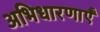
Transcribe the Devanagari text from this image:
अभिधारणाएँ